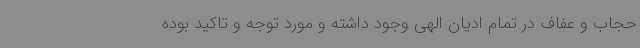
حجاب و عفاف در تمام ادیان الهی وجود داشته و مورد توجه و تاکید بوده